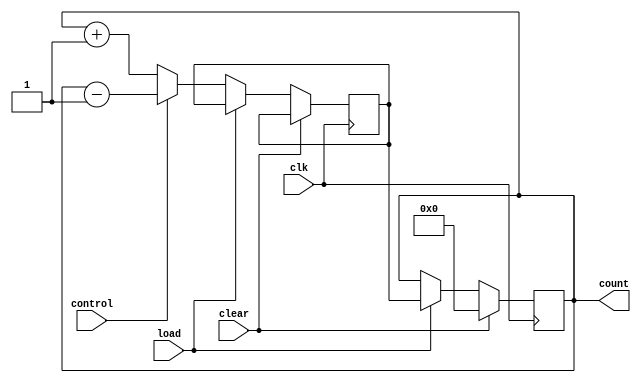
module UpDownCounter (
    input wire clk,       // Clock input
    input wire clear,     // Clear input
    input wire load,      // Load input
    input wire control,   // Control input (0 for increment, 1 for decrement)
    output reg [3:0] count// Output count value
);

reg [3:0] next_count;

// Logic for incrementing or decrementing the count based on the control input
always @ (posedge clk) begin
    if (clear) begin
        count <= 4'b0000; // Reset count to 0
    end else if (load) begin
        count <= next_count; // Load predetermined count value into counter
    end else begin
        if (control) begin
            next_count <= count - 1; // Decrement count
        end else begin
            next_count <= count + 1; // Increment count
        end
    end
end

endmodule